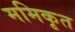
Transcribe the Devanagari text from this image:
ममिकृत